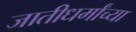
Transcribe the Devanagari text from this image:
जातीधर्मांच्या